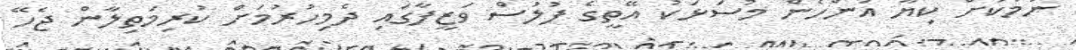
ނަމަކަށް ކިޔާ އަންހެން މުސަޅަކު އޭތީގެ ފުލުސް ވަޒީފާގައި ދެމިހުރުމަށް ކުރިމަތިލާން ޖެހޭ